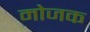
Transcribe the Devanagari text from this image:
मोजक